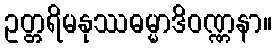
ဥတ္တရိမနုဿဓမ္မာဒိဝဏ္ဏနာ။